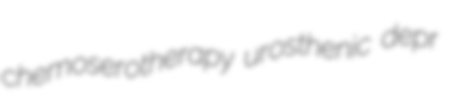
chemoserotherapy urosthenic depr